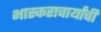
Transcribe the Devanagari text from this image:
भास्कराचार्यांची